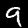
Digit: 9